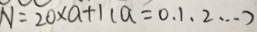
N = 2 0 \times a + 1 ( a = 0 , 1 , 2 \cdots )